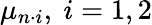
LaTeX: \mu_{n\cdot i},~i=1,2